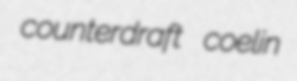
counterdraft coelin